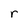
Character: r